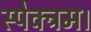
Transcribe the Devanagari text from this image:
स्पेक्ट्रम।